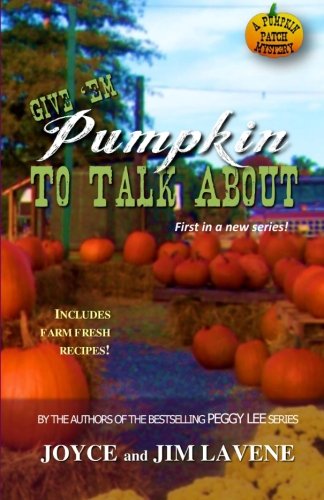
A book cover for Give 'Em Pumpkin to Talk About (Pumpkin Patch Mysteries) (Volume 1); Joyce Lavene; Mystery, Thriller & Suspense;